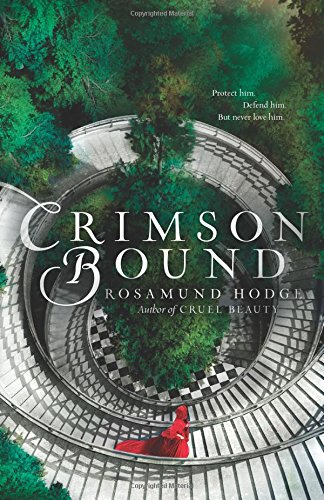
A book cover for Crimson Bound; Rosamund Hodge; Teen & Young Adult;